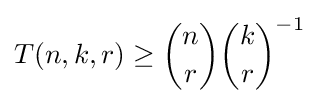
T(n,k,r)\geq {\binom {n}{r}}{\binom {k}{r}}^{-1}